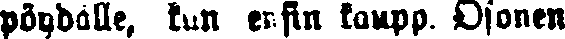
pöydälle, kun ensin kaupp. Osonen